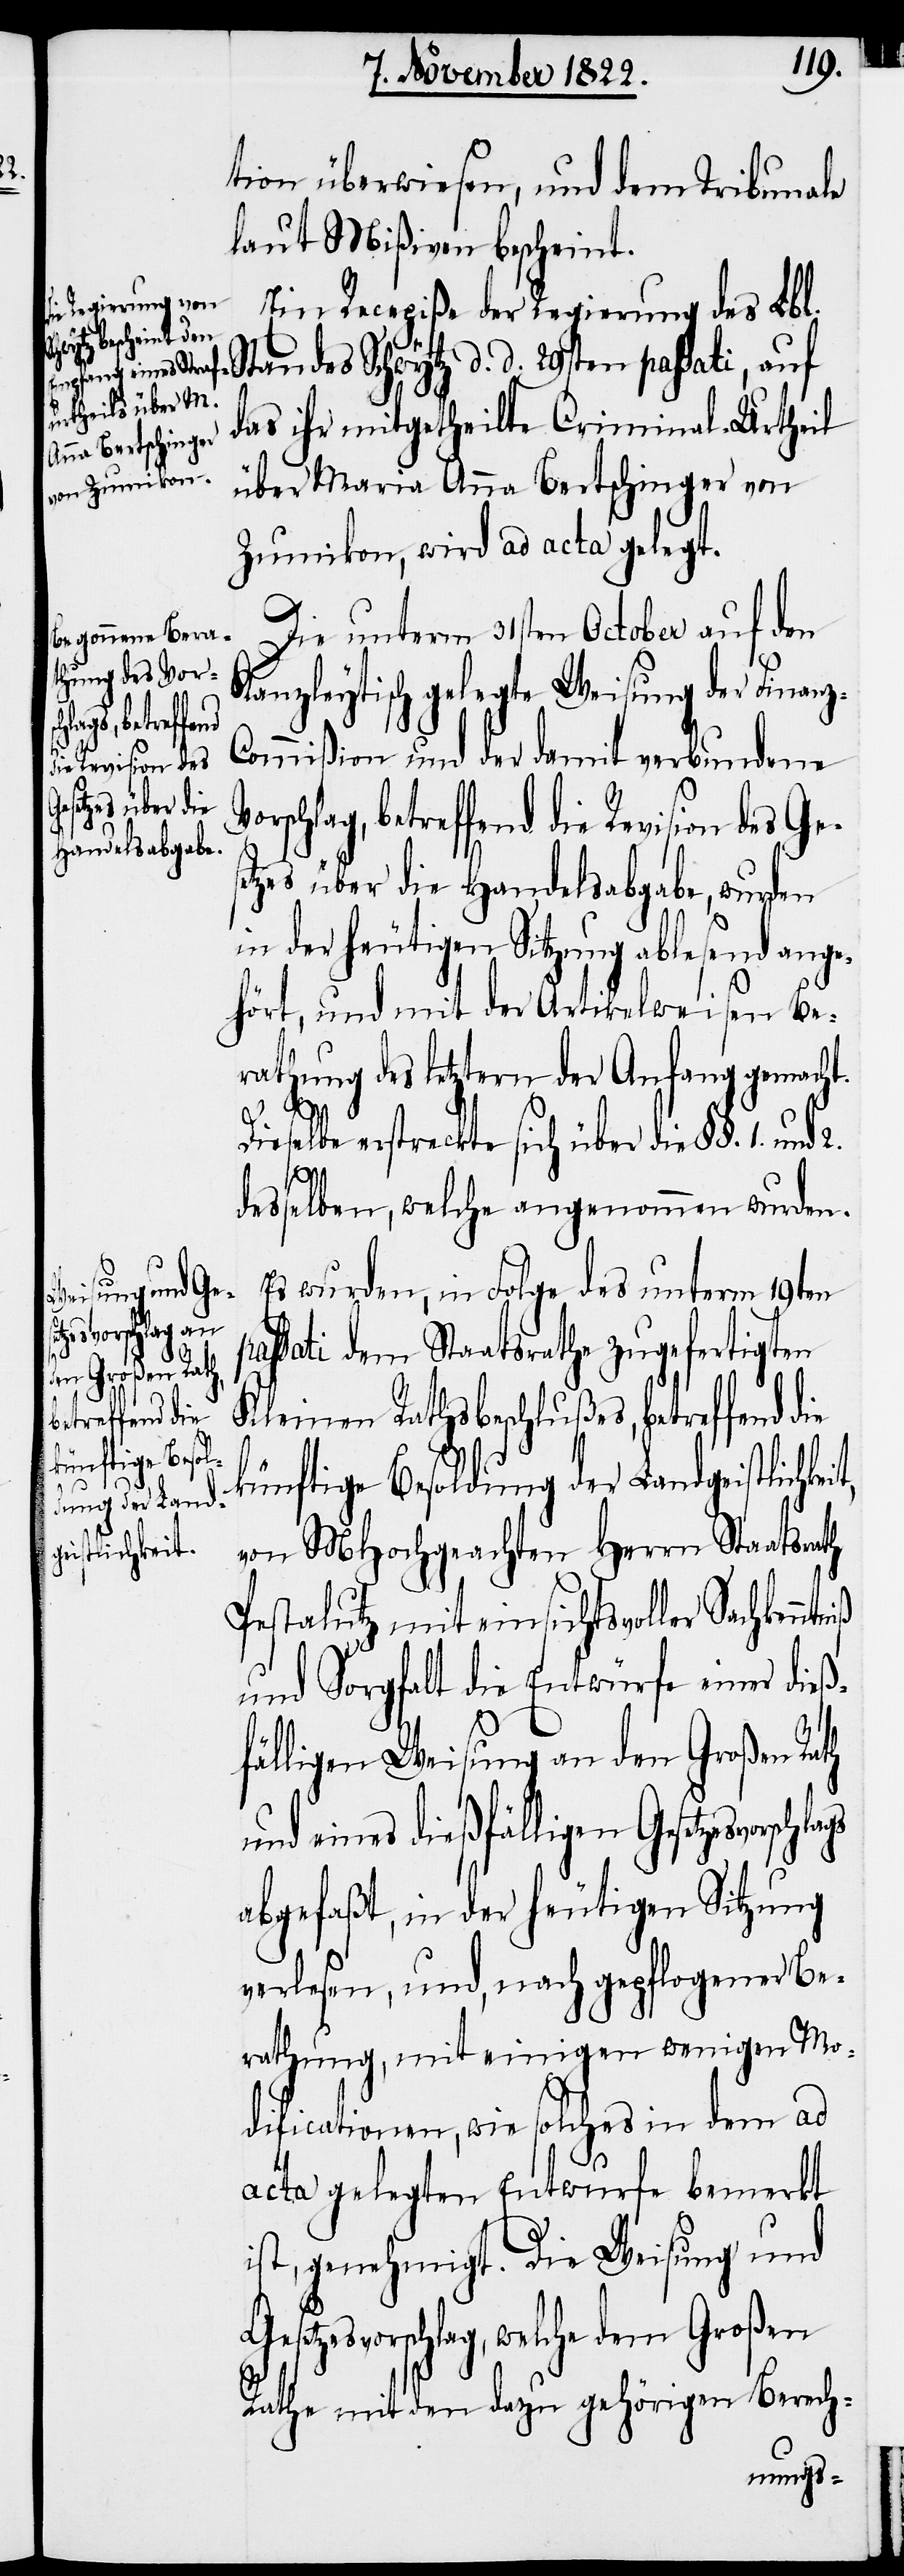
tion überwiesen, und dem Tribunale
laut Mißiven bescheint.
Ein Recepiße der Regierung des Lbl.
Standes Schwytz d. d. 29ten passati, auf
das ihr mitgetheilte Criminal-Urtheil
über Maria Anna Bertschinger von
Zumikon, wird ad acta gelegt.
Die unterm 31stem October auf den
Kanzleytisch gelegte Weisung der Finan¬
ommißion und der damit verbundene
Revision des
etzes über die Handelsabgabe, wurde
in der heutigen Sitzung ablesend ange¬
hört, und mit der Artikelweisen Be¬
rathung des letztern der Anfang gemacht.
p¬
Dieselbe erstreckte sich über die §§. 1. und 2.
Ges¬
desselben, welche angenommen wurden.
z-C¬
Es wurden, in Folge des unterm 19ten
tzesvorschlags
assati dem Staatsrathe zugefertigten
Kleinen Rathsbeschlußes, betreffend
betreffend die
künftige Besol¬
dung der Land¬
von MHochgeachten Herrn Staatsrath
geistlichkeit,
Pestalutz mit einsichtsvoller
und Sorgfalt die Entwürfe einer dieß¬
fälligen Weisung an den Großen Rath
und eines dießfälligen Gese¬
abgefaßt, in der heutigen Sitzung
verlesen, und, nach gepflogener Be¬
rathung, mit einigen wenigen Mo¬
dificationen, wie solches in dem ad
acta gelegten Entwurfe bemerkt
ist, genehmigt. Die Weisung und
Gesetzesvorschlag, welche dem Großen
Rathe mit den dazu gehörigen Berech-